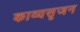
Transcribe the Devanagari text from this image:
काव्यसृजन